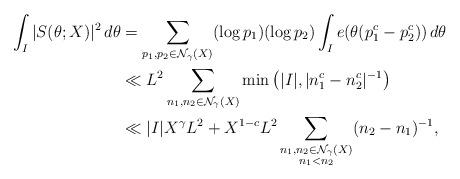
LaTeX: \begin{align*}\int_I |S(\theta; X)|^2 \, d\theta &= \sum_{p_1,p_2 \in \mathcal N_\gamma(X)}(\log p_1)(\log p_2) \int_I e(\theta(p_1^c - p_2^c)) \, d\theta \\&\ll L^2\sum_{n_1, n_2 \in \mathcal N_\gamma(X)} \min\big( |I|, |n_1^c - n_2^c|^{-1} \big) \\&\ll |I|X^{\gamma}L^2 + X^{1-c}L^2 \sum_{\substack{n_1, n_2 \in \mathcal N_\gamma(X)\\ n_1 < n_2}} (n_2 - n_1)^{-1}, \end{align*}